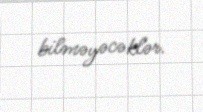
bilməyəcəklər.